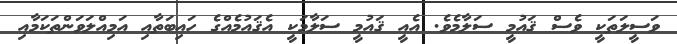
ވަސީލަތަކީ ވެސް ޤައުމީ ސަލާމެވެ. އެއީ ޤައުމީ ސަލާމަކީ އެޤައުމެއްގެ ހައިބަތާއި އަމިއްލަވަންތަކަމާއި